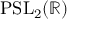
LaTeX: \mathrm { P S L } _ { 2 } ( \mathbb { R } )